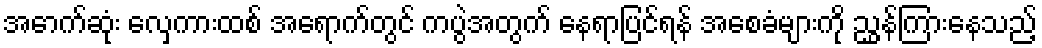
အောက်ဆုံး လှေကားထစ် အရောက်တွင် ကပွဲအတွက် နေရာပြင်ရန် အစေခံများကို ညွှန်ကြားနေသည့်